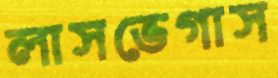
লাসভেগাস